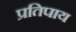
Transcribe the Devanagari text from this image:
प्रतिपाय